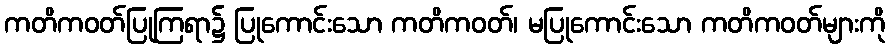
ကတိကဝတ်ပြုကြရာ၌ ပြုကောင်းသော ကတိကဝတ်၊ မပြုကောင်းသော ကတိကဝတ်များကို